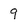
Character: 9